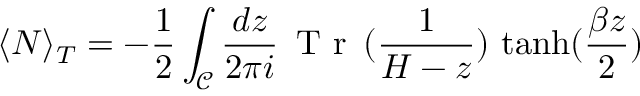
\langle N \rangle _ { T } = - \frac { 1 } { 2 } \int _ { \mathcal { C } } \frac { d z } { 2 \pi i } \, \textrm { T r } \, ( \frac { 1 } { H - z } ) \, \operatorname { t a n h } ( \frac { \beta z } { 2 } )